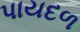
પાયદળ